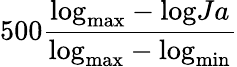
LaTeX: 500\frac{\mathrm{log}_{\mathrm{max}}-\mathrm{log}Ja}{\mathrm{log}_{\mathrm{max}}-\mathrm{log}_{\mathrm{min}}}